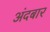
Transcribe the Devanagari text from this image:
अंदबार